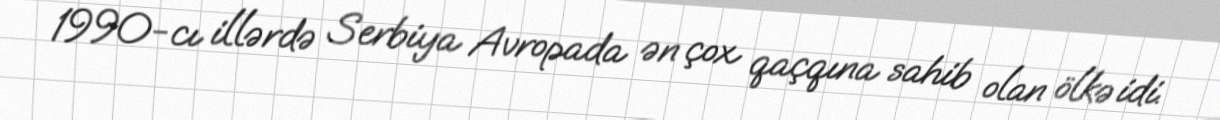
1990-cı illərdə Serbiya Avropada ən çox qaçqına sahib olan ölkə idi.